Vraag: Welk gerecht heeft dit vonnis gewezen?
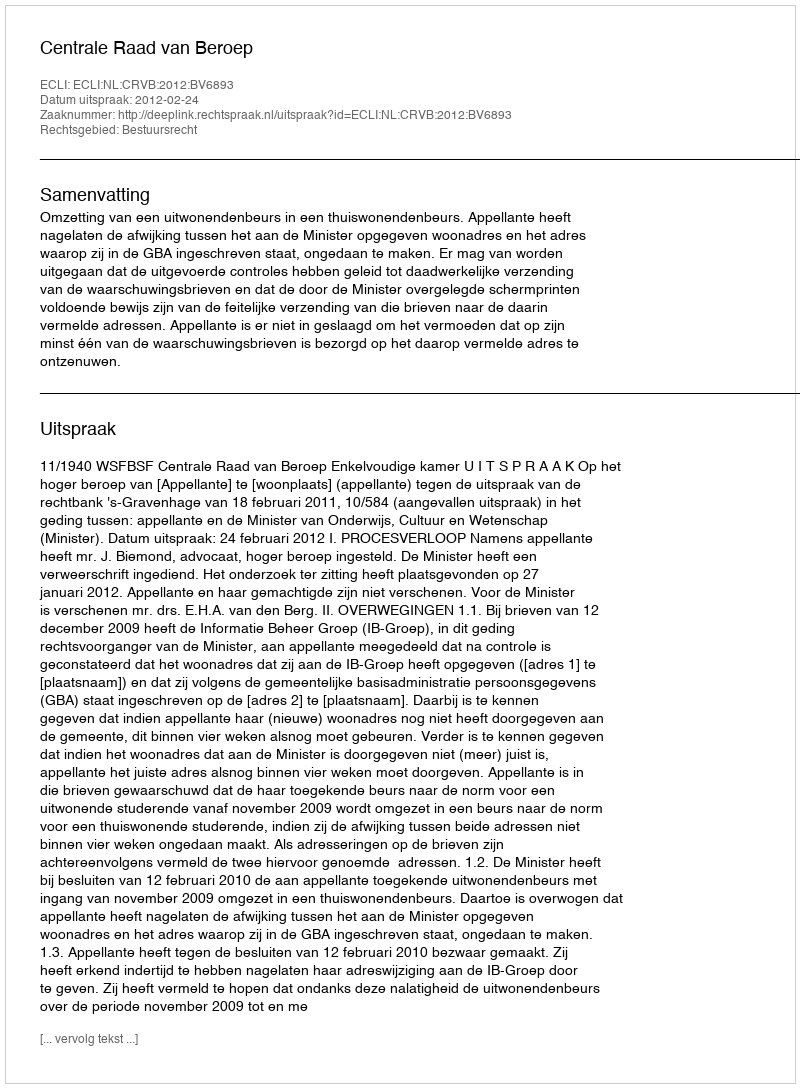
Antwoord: Centrale Raad van Beroep